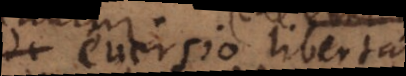
eversio libertatis